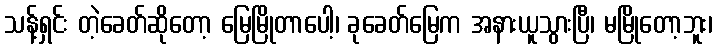
သန့်ရှင်း တဲ့ခေတ်ဆိုတော့ မြေမြိုတာပေါ့၊ ခုခေတ်မြေက အနားယူသွားပြီ၊ မမြိုတော့ဘူး၊